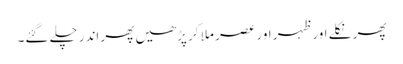
پھر نکلے اور ظہر اور عصر ملا کر پڑھیں پھر اندر چلے گئے۔